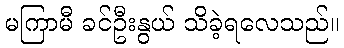
မကြာမီ ခင်ဦးနွယ် သိခဲ့ရလေသည်။